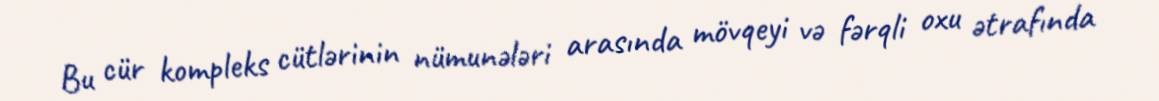
Bu cür kompleks cütlərinin nümunələri arasında mövqeyi və fərqli oxu ətrafında